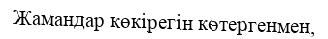
Жамандар көкірегін көтергенмен,